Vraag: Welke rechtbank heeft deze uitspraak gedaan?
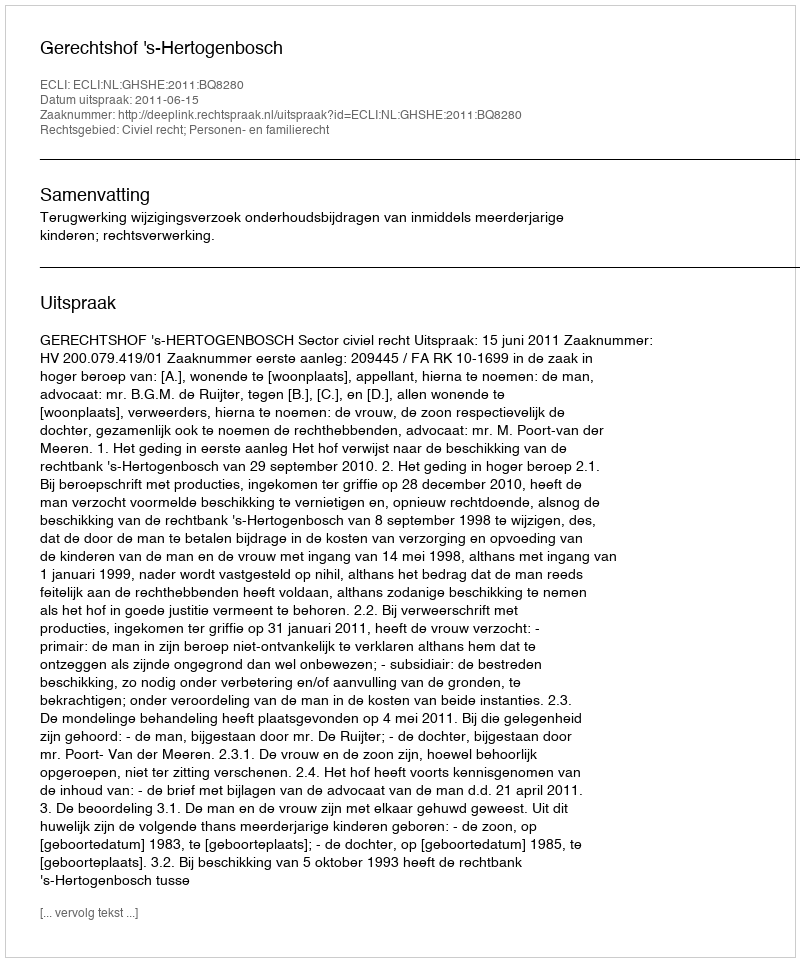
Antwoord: Gerechtshof 's-Hertogenbosch